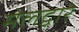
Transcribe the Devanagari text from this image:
मेलद्वारे